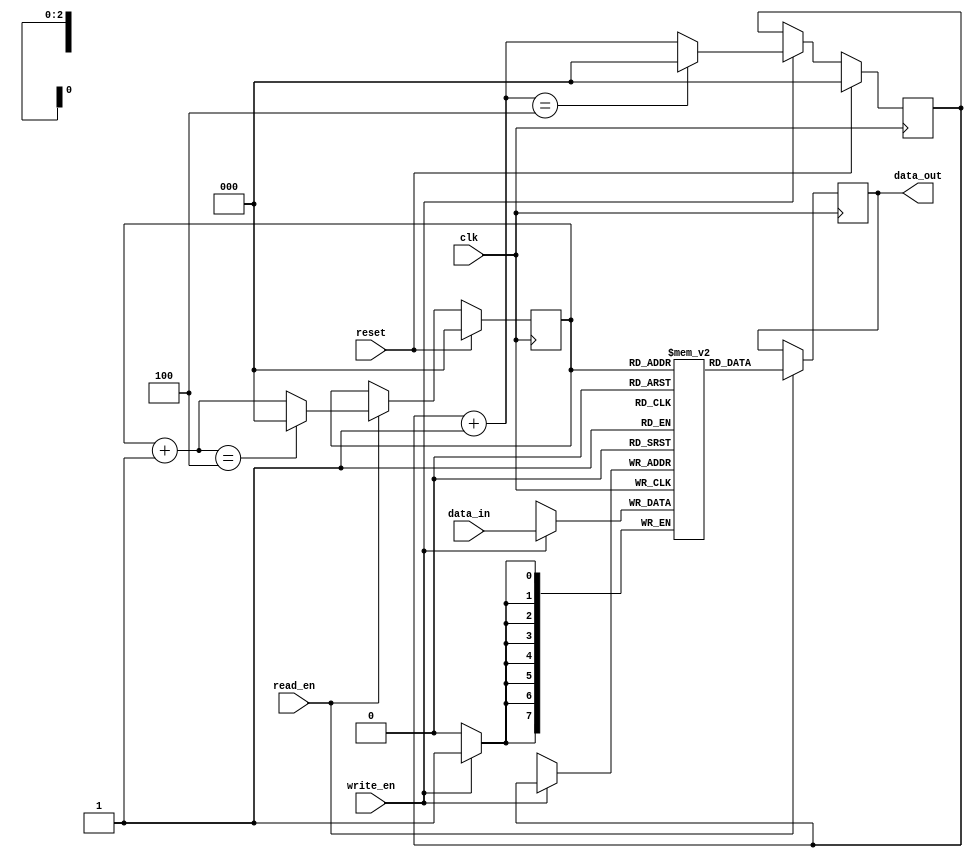
module dual_port_fifo (
    input wire clk,
    input wire reset,
    input wire [data_width-1:0] data_in,
    input wire write_en,
    output wire [data_width-1:0] data_out,
    input wire read_en
);

parameter data_width = 8; // specify data width

reg [data_width-1:0] fifo_mem [0:7]; // FIFO memory with 8 entries

reg [2:0] write_ptr;
reg [2:0] read_ptr;

reg [2:0] write_ptr_next;
reg [2:0] read_ptr_next;

always @(posedge clk) begin
    if(reset) begin
        write_ptr <= 3'b000; // reset write pointer
        read_ptr <= 3'b000; // reset read pointer
    end else begin
        if(write_en) begin
            write_ptr <= write_ptr_next; // update write pointer
        end
        
        if(read_en) begin
            read_ptr <= read_ptr_next; // update read pointer
        end
    end
end

always @* begin
    write_ptr_next = write_ptr + 1; // calculate next write pointer
    if(write_ptr_next == 3'b100) write_ptr_next = 3'b000; // wrap around if necessary
    
    read_ptr_next = read_ptr + 1; // calculate next read pointer
    if(read_ptr_next == 3'b100) read_ptr_next = 3'b000; // wrap around if necessary
end

always @(posedge clk) begin
    if(write_en) begin
        fifo_mem[write_ptr] <= data_in; // write data to FIFO memory
    end
    
    if(read_en) begin
        data_out <= fifo_mem[read_ptr]; // read data from FIFO memory
    end
end

endmodule